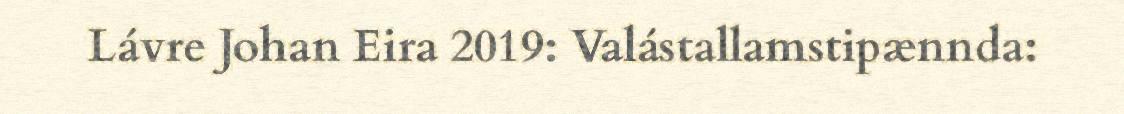
Lávre Johan Eira 2019: Valástallamstipænnda: